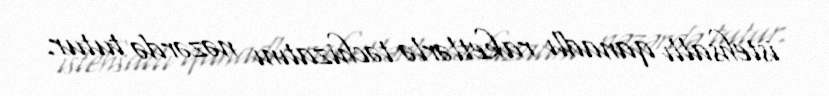
istehsallı qanadlı raketlərlə təchizatını nəzərdə tutur.